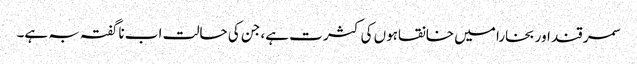
سمر قند اور بخارا میں خانقاہوں کی کثر ت ہے، جن کی حالت اب ناگفتہ بہ ہے۔